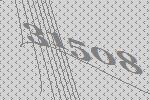
31508